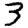
Digit: 3